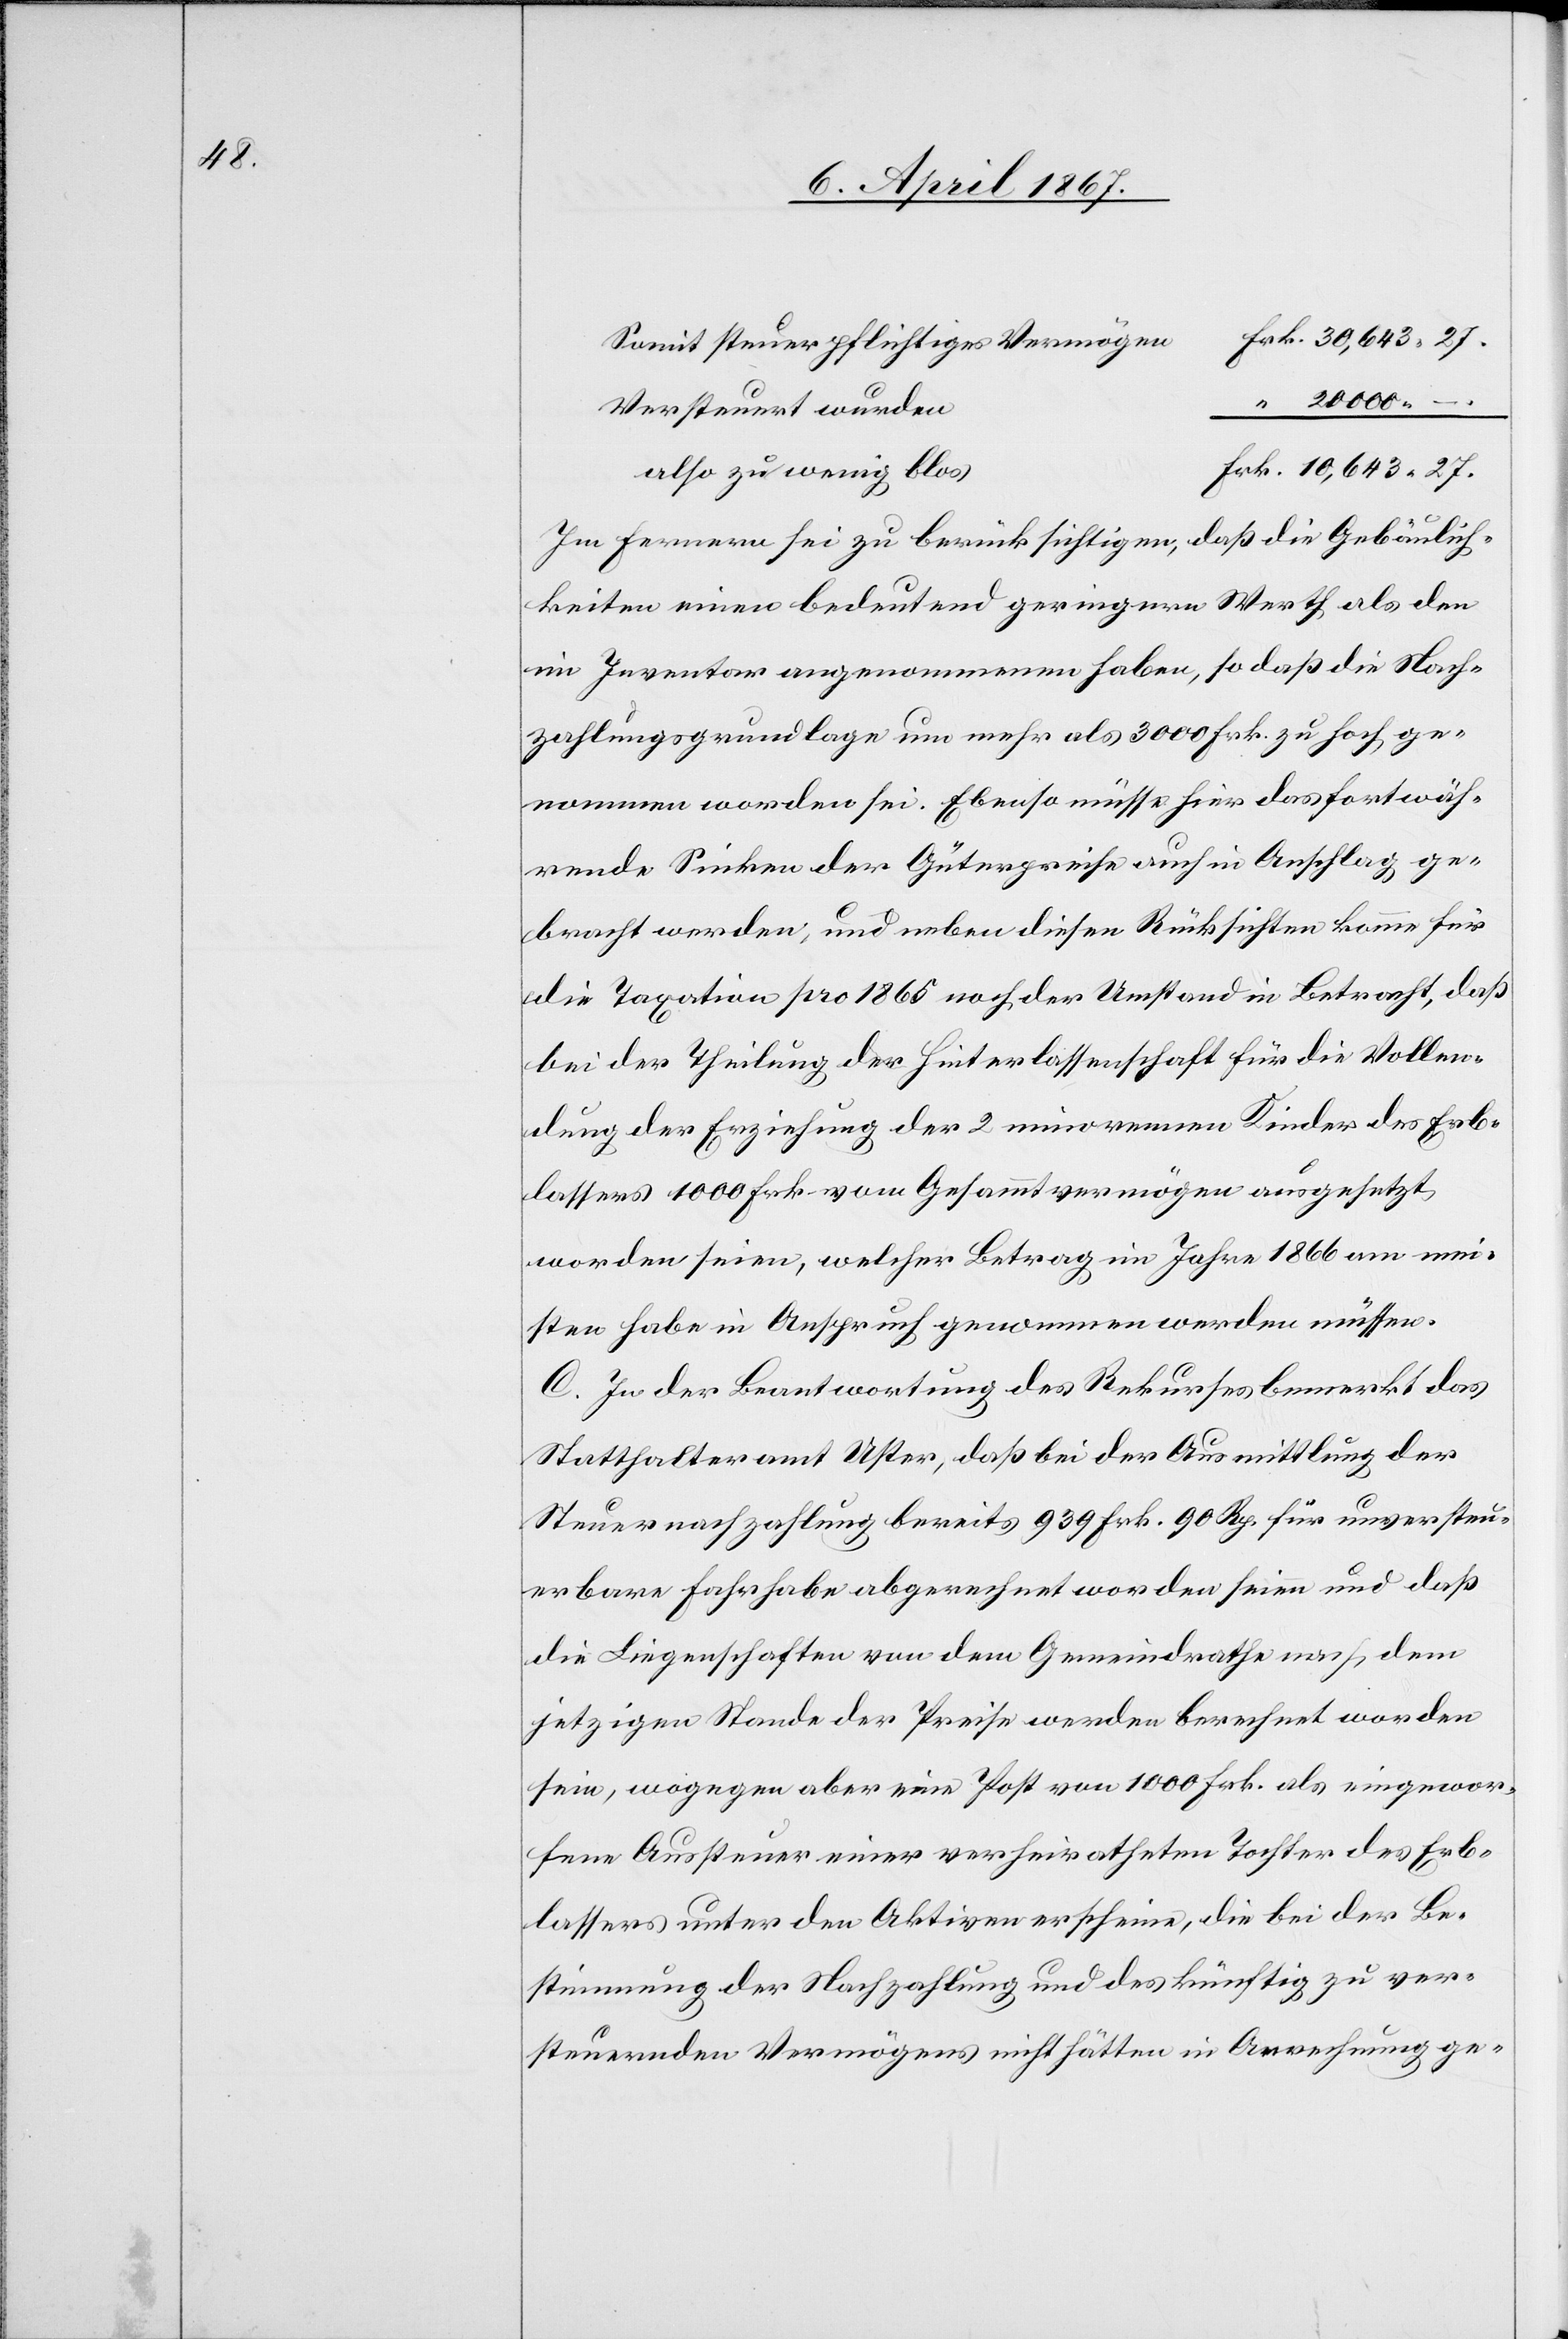
27.

Somit steuerpflichtiges Vermöge¬
“	 20000. –
Im Fernern sei zu berücksichtigen, daß die Gebäulich¬
keiten einen bedeutend geringeren Werth als den
im Inventar angenommenen haben, so daß die Nach¬
zahlungsgrundlage um mehr als 3000 Frk. zu hoch ge¬
nommen worden sei. Ebenso müsse hier das fortwäh¬
rende Sinken der Güterpreise auch in Anschlag ge¬
bracht werden, und neben diesen Rücksichten komme für
die Taxation pro 1865 noch der Umstand in Betracht, daß
bei der Theilung der Hinterlassenschaft für die Vollen¬
dung der Erziehung der 2 minorennen Kinder des Erb¬
lassers 1000 Frk. vom Gesammtvermögen ausgesetzt
worden seien, welcher Betrag im Jahr 1866 am mei¬
sten habe in Anspruch genommen werden müssen.
C. In der Beantwortung des Rekurses bemerkt das
Statthalteramt Uster, daß bei der Ausmittlung der
Steuernachzahlung bereits 939 Frk. 90 Rp. für unversteu¬
erbare Fahrhabe abgerechnet worden seien und daß
die Liegenschaften von dem Gemeindrathe nach dem
jetzigen Stande der Preise werden berechnet worden
sein, wogegen aber eine Post von 1000 Frk. als eingewor¬
fene Aussteuer einer verheiratheten Tochter des Erb¬
lassers unter den Aktiven erscheine, die bei der Be¬
stimmung der Nachzahlung und des künftig zu ver¬
steuernden Vermögens nicht hätten in Anrechnung ge-